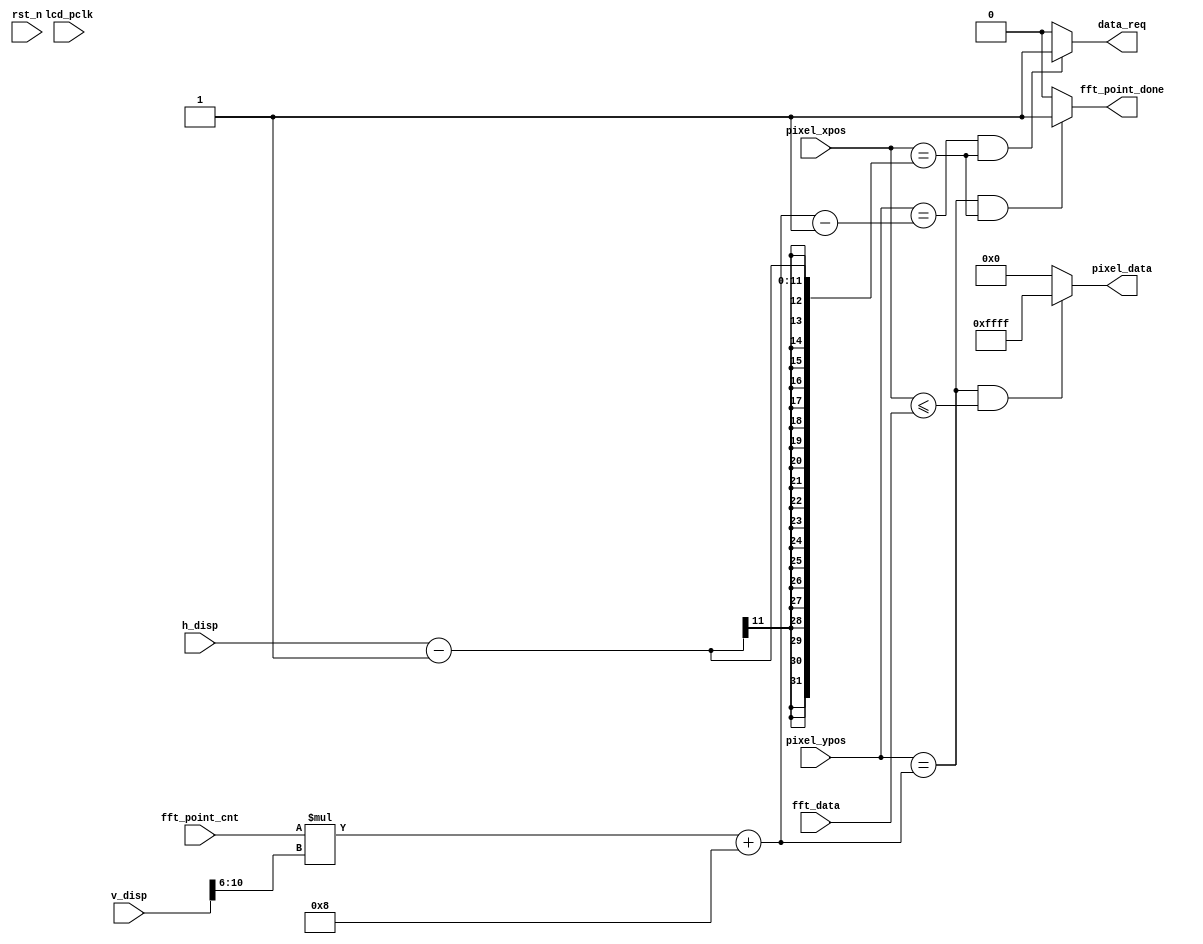
//****************************************Copyright (c)***********************************//
//www.yuanzige.com
//www.openedv.com
//http://openedv.taobao.com
//""ZYNQ & FPGA & STM32 & LINUX
//
//Copyright(C)  2018-2028
//All rights reserved
//----------------------------------------------------------------------------------------
// File name:           lcd_display
// Last modified Date:  2020/05/28 20:28:08
// Last Version:        V1.0
// Descriptions:        
//                      
//----------------------------------------------------------------------------------------
// Created by:          
// Created date:        2020/05/28 20:28:08
// Version:             V1.0
// Descriptions:        The original version
//
//----------------------------------------------------------------------------------------
//****************************************************************************************//

module lcd_display(
    input                lcd_pclk,       //
    input                rst_n,          //
    input        [10:0]  pixel_xpos,     //
    input        [10:0]  pixel_ypos,     //  
    input        [10:0]  h_disp,         //LCD
    input        [10:0]  v_disp,         //LCD       
    output       [15:0]  pixel_data,     //
    
    //FFT
    input        [6:0]   fft_point_cnt,  //FFT
    input        [15:0]  fft_data,       //FFT
    output               fft_point_done, //FFT
    output               data_req        //
    );

//parameter define            
localparam BLACK  = 16'b00000_000000_00000;     //RGB565 
localparam WHITE  = 16'b11111_111111_11111;     //RGB565 

//*****************************************************
//**                    main code
//*****************************************************

//8
//v_disp[10:6],,
assign data_req = ((pixel_ypos == fft_point_cnt * v_disp[10:6] + 4'd8 - 4'd1)
                    && (pixel_xpos == h_disp - 1)) ? 1'b1 : 1'b0;

//fft_data
assign pixel_data = ((pixel_ypos == fft_point_cnt * v_disp[10:6] + 4'd8)
                    && (pixel_xpos <= fft_data)) ? WHITE : BLACK;                                 

//fft_point_done,fft_point_cnt1
assign fft_point_done  = ((pixel_ypos == fft_point_cnt * v_disp[10:6] + 4'd8)
                    && (pixel_xpos == h_disp - 1)) ? 1'b1 : 1'b0;                    
                    
endmodule